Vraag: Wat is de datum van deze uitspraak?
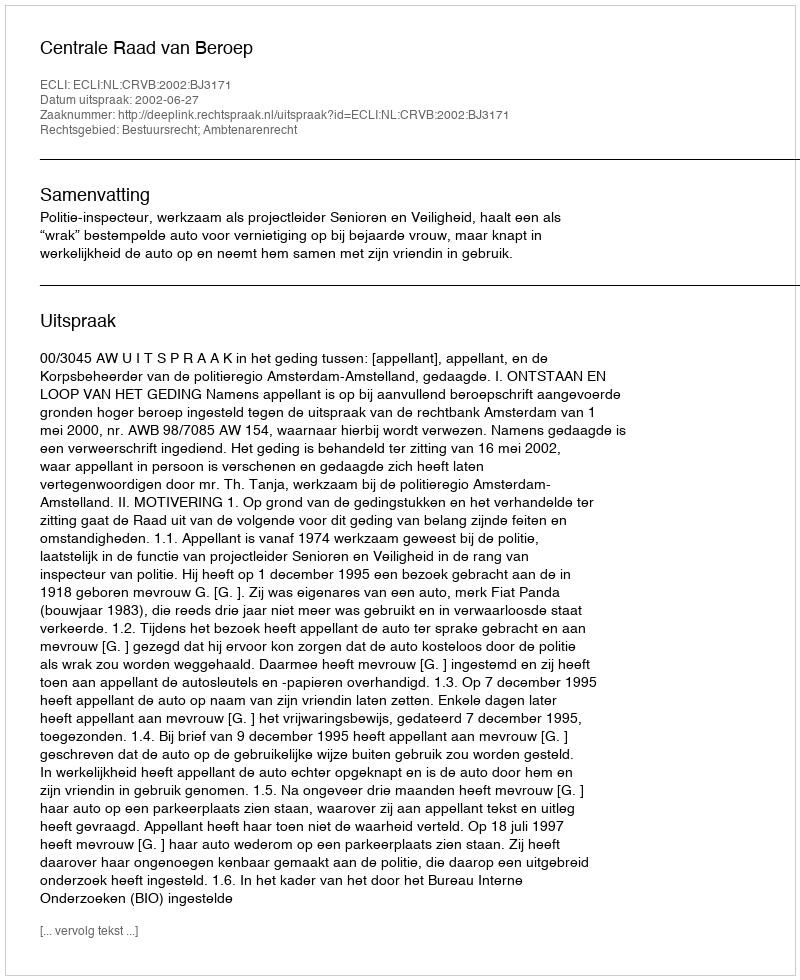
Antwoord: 2002-06-27